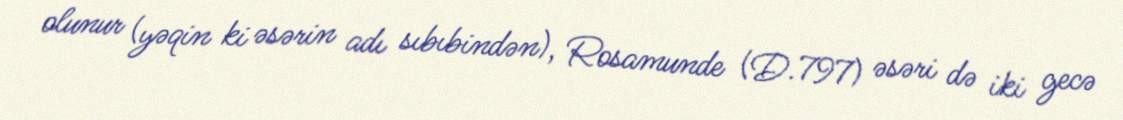
olunur (yəqin ki əsərin adı sıbıbindən), Rosamunde (D.797) əsəri də iki gecə